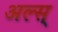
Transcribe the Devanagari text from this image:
अल्स्